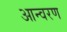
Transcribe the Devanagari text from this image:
आन्वरण